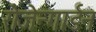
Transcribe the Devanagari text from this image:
रोजेन्गार्डन